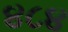
૪૮૪